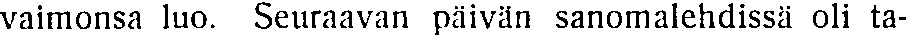
vaimonsa luo. Seuraavan päivän sanomalehdissä oli ta-